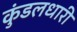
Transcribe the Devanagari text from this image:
कुंडलधारी